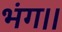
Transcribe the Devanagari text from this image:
भंग।।